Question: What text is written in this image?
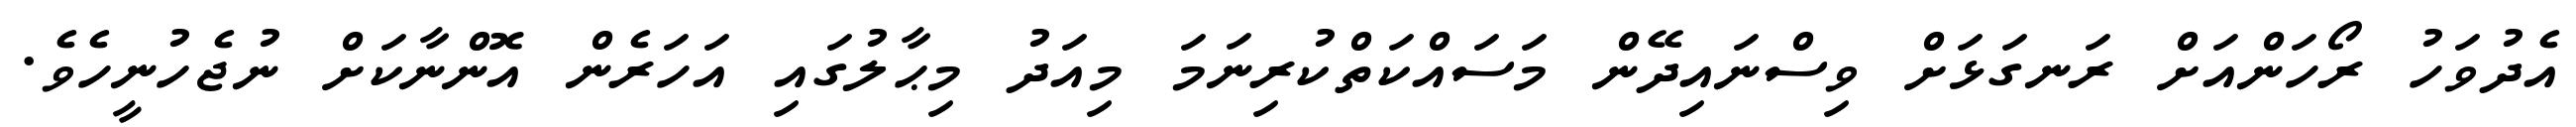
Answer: އެދުވަހު ރޯހަންއަށް ރަނގަޅަށް ވިސްނައިދޭން މަސައްކަތްކުރިނަމަ މިއަދު މިޙާލުގައި އަހަރެން އޮންނާކަށް ނުޖެހުނީހެވެ.